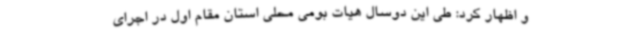
و اظهار کرد: طی این دوسال هیات بومی محلی استان مقام اول در اجرای